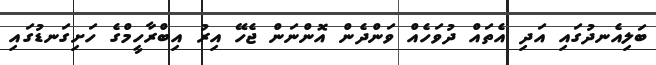
ބަލިއެނދުގައި އަދި އެތައް ދުވަހެއް ވަންދެން އޮންނަން ޖެހޭ އިރު އިބްރާހީމްގެ ހަށިގަނޑުގައި